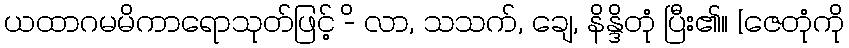
ယထာဂမမိကာရောသုတ်ဖြင့် -ိ လာ, သသက်, ချေ, နိန္ဒိတုံ ပြီး၏။ [ဇေတုံကို